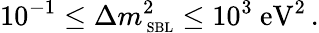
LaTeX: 10^{-1}\leq\Delta m_{\mathrm{\scriptsize~SBL}}^{2}\leq 10^{3}\mathrm{~eV}^{2}\, .